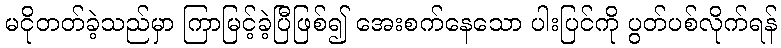
မငိုတတ်ခဲ့သည်မှာ ကြာမြင့်ခဲ့ပြီဖြစ်၍ အေးစက်နေသော ပါးပြင်ကို ပွတ်ပစ်လိုက်ရန်